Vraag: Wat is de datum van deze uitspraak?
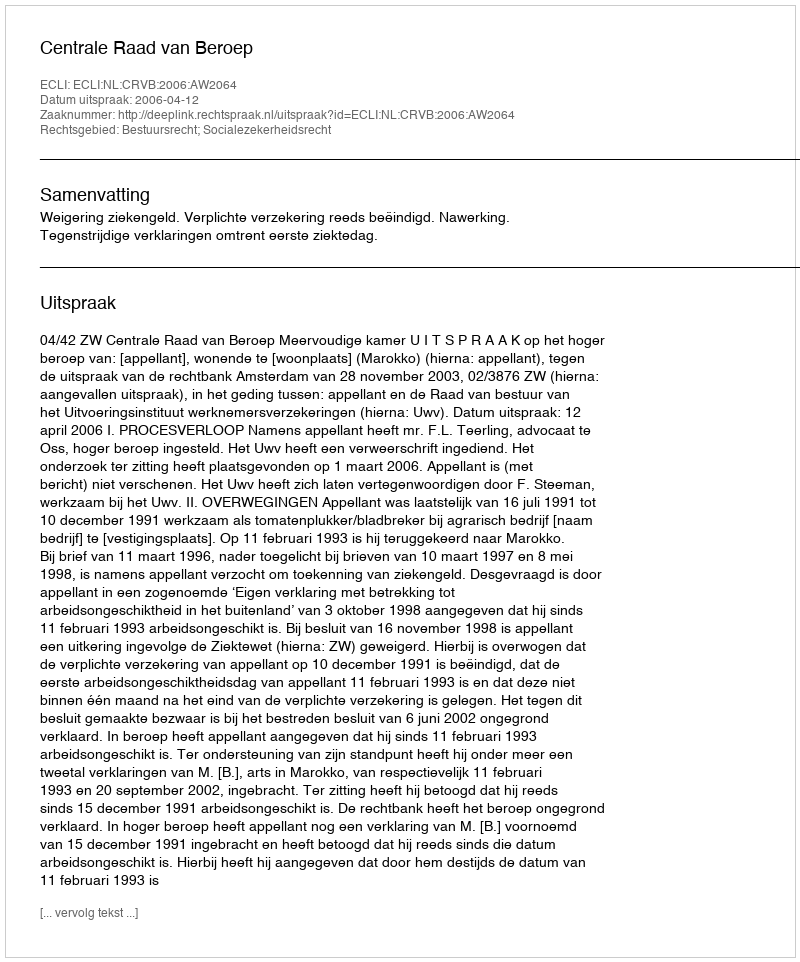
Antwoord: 2006-04-12